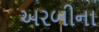
અરબીના